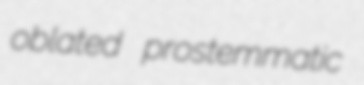
oblated prostemmatic